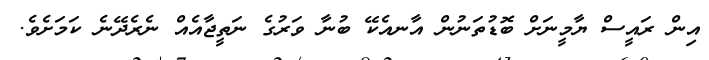
އިން ރައީސް ޔާމީނަށް ބޮޑުތަނުން އާނއެކޭ ބުނާ ވަރުގެ ނަތީޖާއެއް ނެރެދޭނެ ކަމަށެވެ.